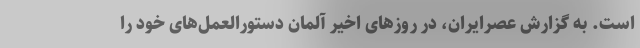
است. به گزارش عصرایران، در روزهای اخیر آلمان دستورالعمل‌های خود را